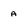
Character: a